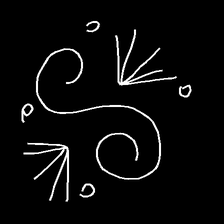
Glyph: aeroform